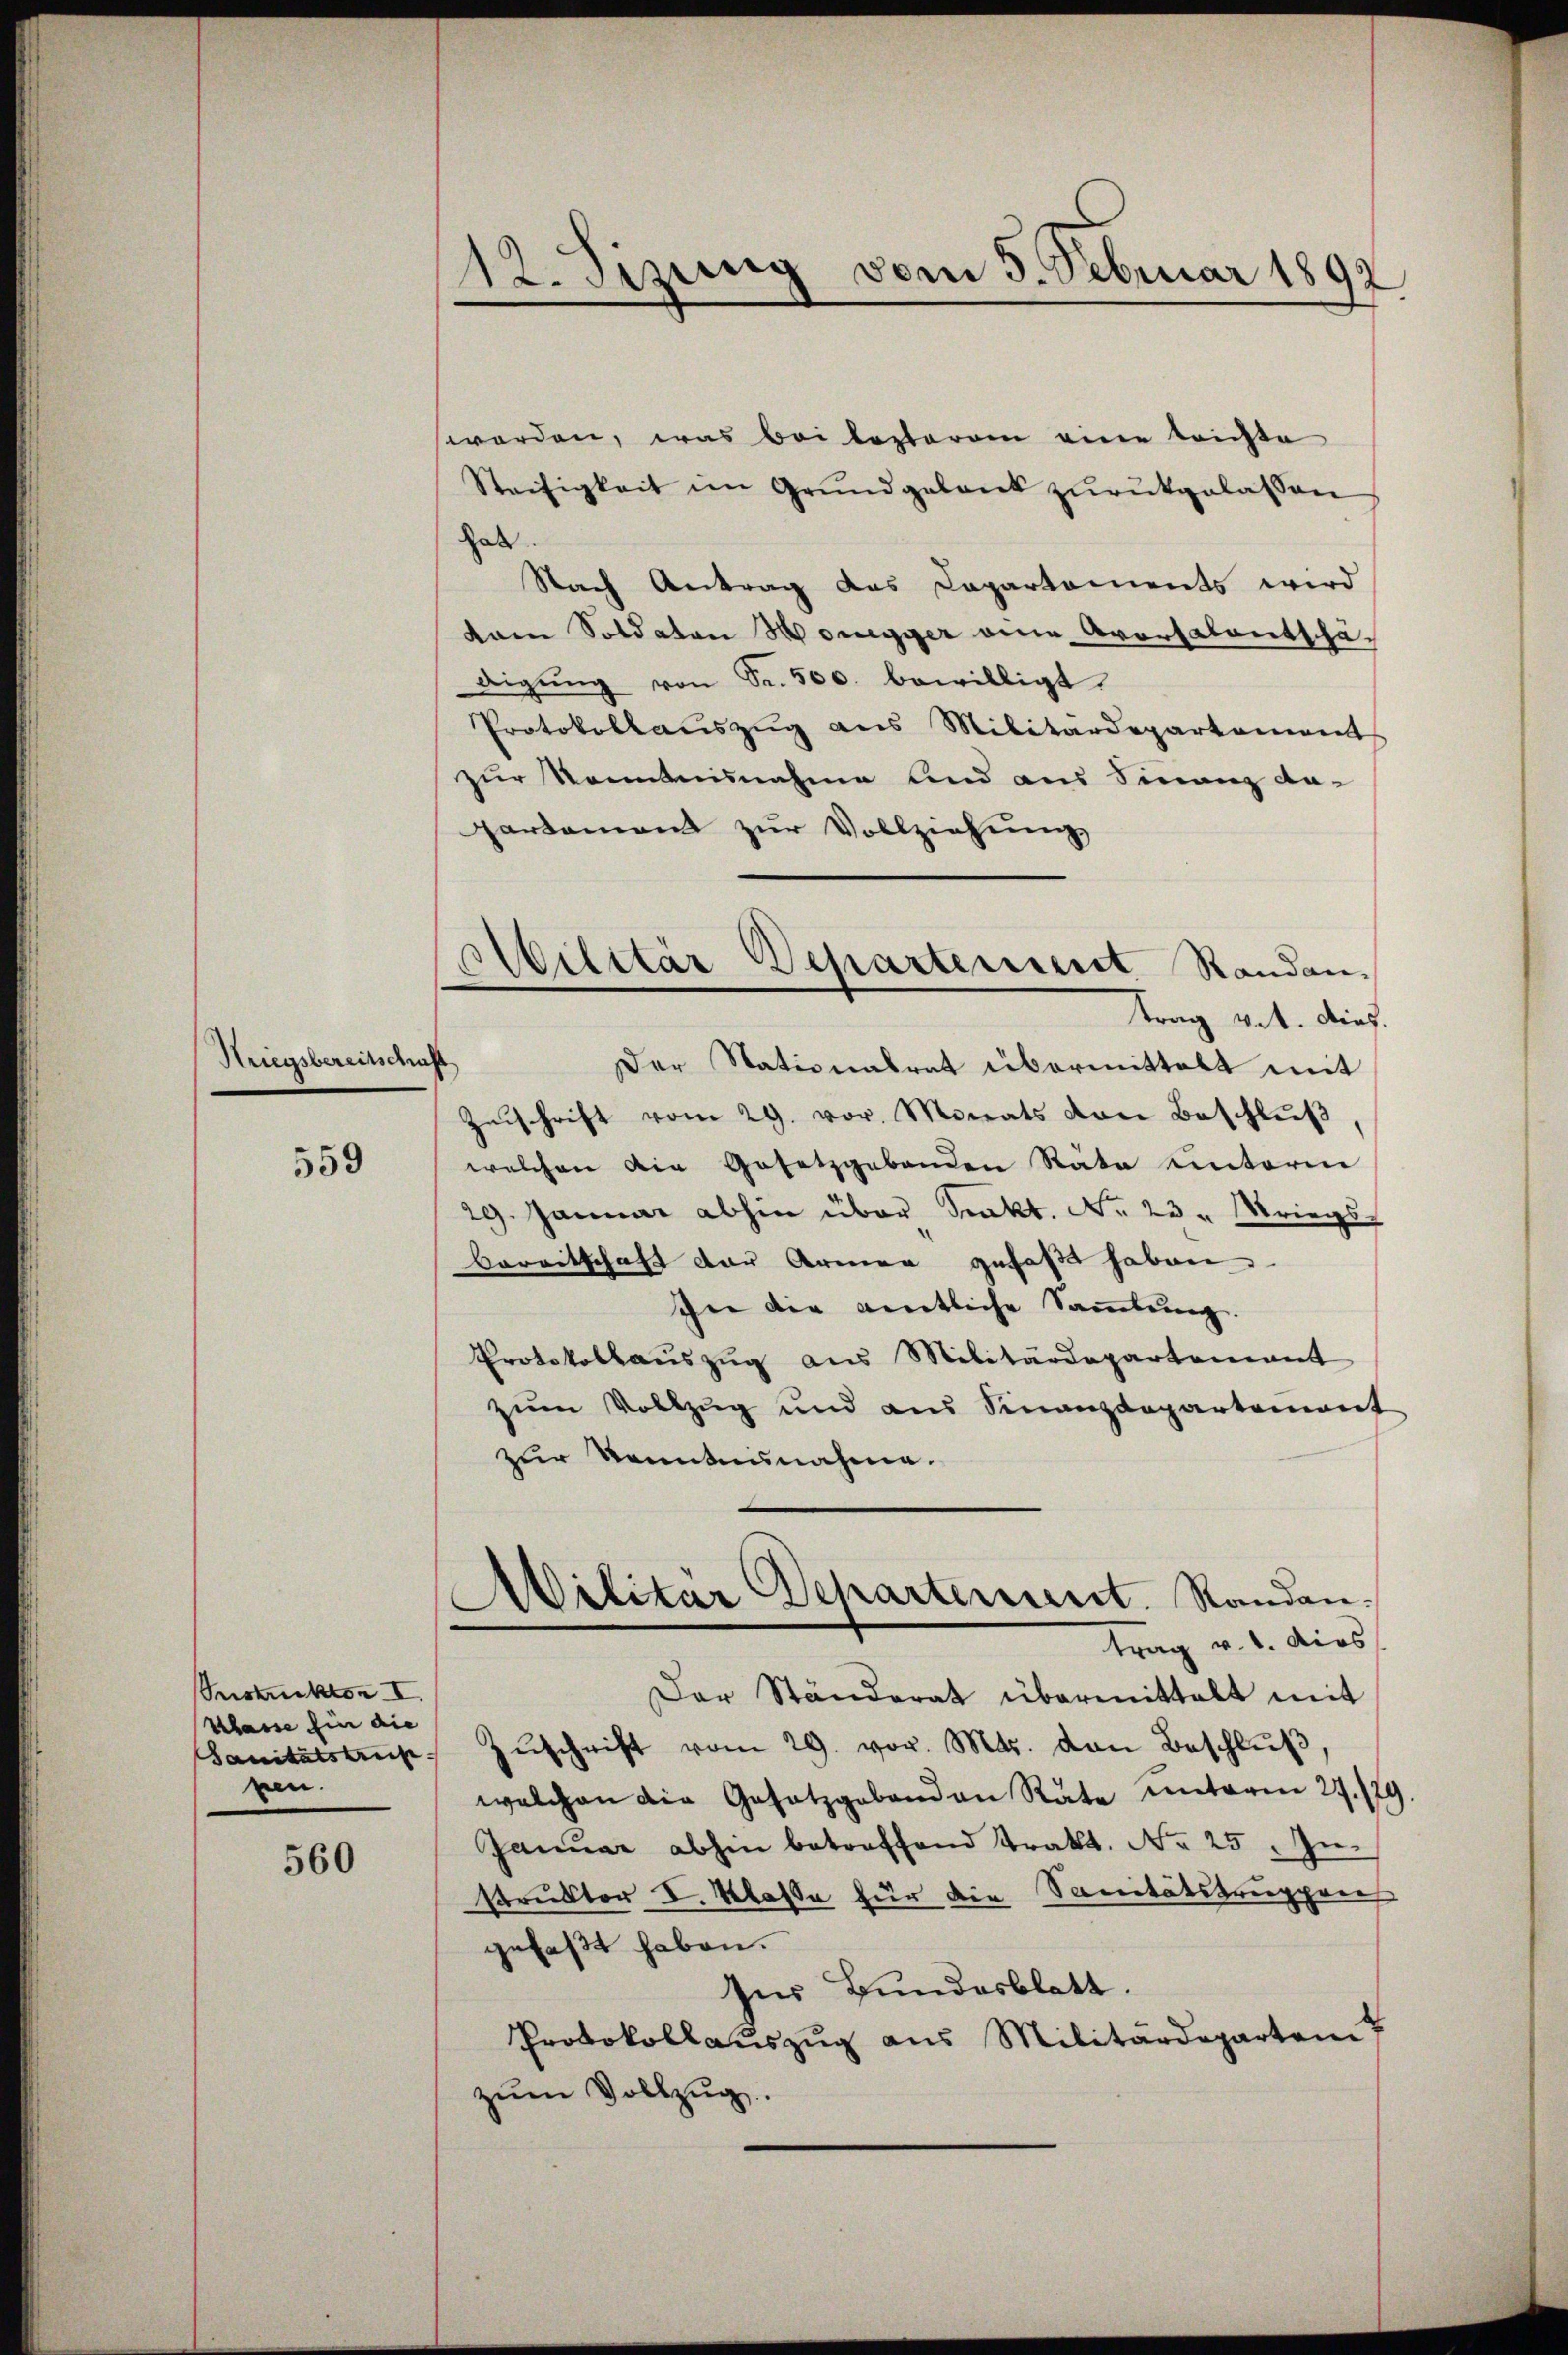
Striegsbereitschaft

559

Seestrektion I
Klasse für die
ken.

560

12. Sizung vom 5. Februar 1892

werden, was bei lezterem eine trichte
Steifigkeit im Grundgelang zŭrückgelassen
hab
Nach Antrag das Capartements wird
kam Soldaten Honegger eine Aversalentschädigŭng von Fr. 500. bewilligt.
Protokollaŭszŭg ans Militärdepartement
zur Kenntnisnahme und aus Finanz da-
partement zur Vollziehung
Zŭschrift vom 29. vor. Monats von Beschlŭβ
welchen die Gesetzgebenden Räte unterm
29. Januar abhin über Sekt. No 23. Kriegs
bereitschaft der Armen gefaßt haben
In die amtliche Sammlung.
Protokollaŭszŭg aŭs Militärdepartenant
zum Vollzug und aus Finanzdepartement
zur Kenntnisnahme.
s
Militär Departement. Standen.
trag v. 1. dies
Der Ständerat übermittelt mit
Sanitätst Zŭschrift vom 29. vor. Mts. von Beschlŭβ
welchen die Gesetzgebenden Rate unterm 27. 121
Januar abhin betreffend Trakt. No 25. Instruktor I. Klasse für die Sanitätstruppen
gefaßt haben.
Zur Bundesblatt.
Protokollaŭszŭg ans Militärdepartem
zŭm Vollzug.

Abilitär Departement Randen.
ttrag vet. Dies
Der Stationalrat übermittelt mit